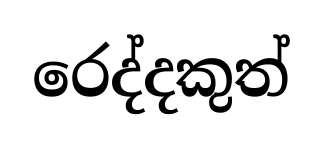
රෙද්දකුත්